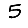
Digit: 5